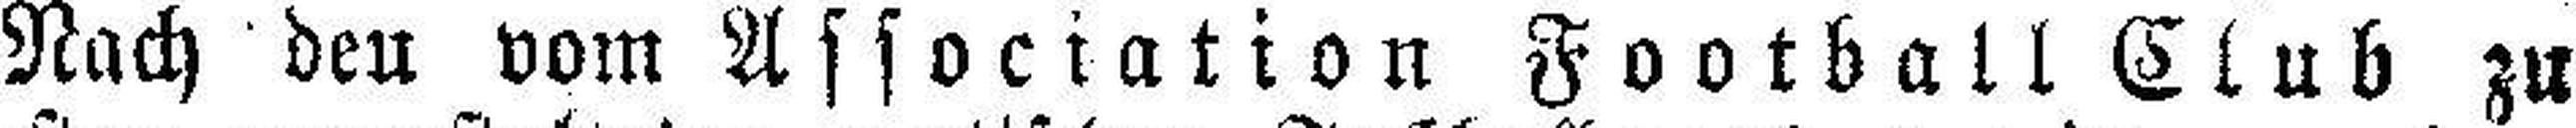
Nach den vom Association Football Club zu